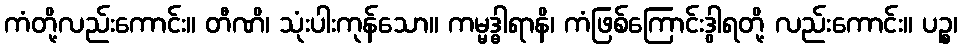
ကံတို့လည်းကောင်း။ တီဏိ၊ သုံးပါးကုန်သော။ ကမ္မဒ္ဓါရာနိ၊ ကံဖြစ်ကြောင်းဒွါရတို့ လည်းကောင်း။ ပဉ္စ၊